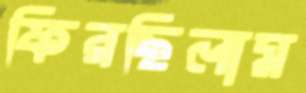
ফিরছিলাম